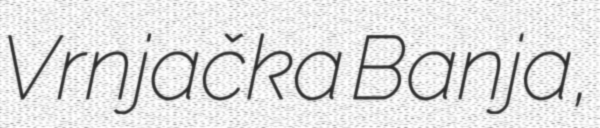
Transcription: Vrnjačka Banja,